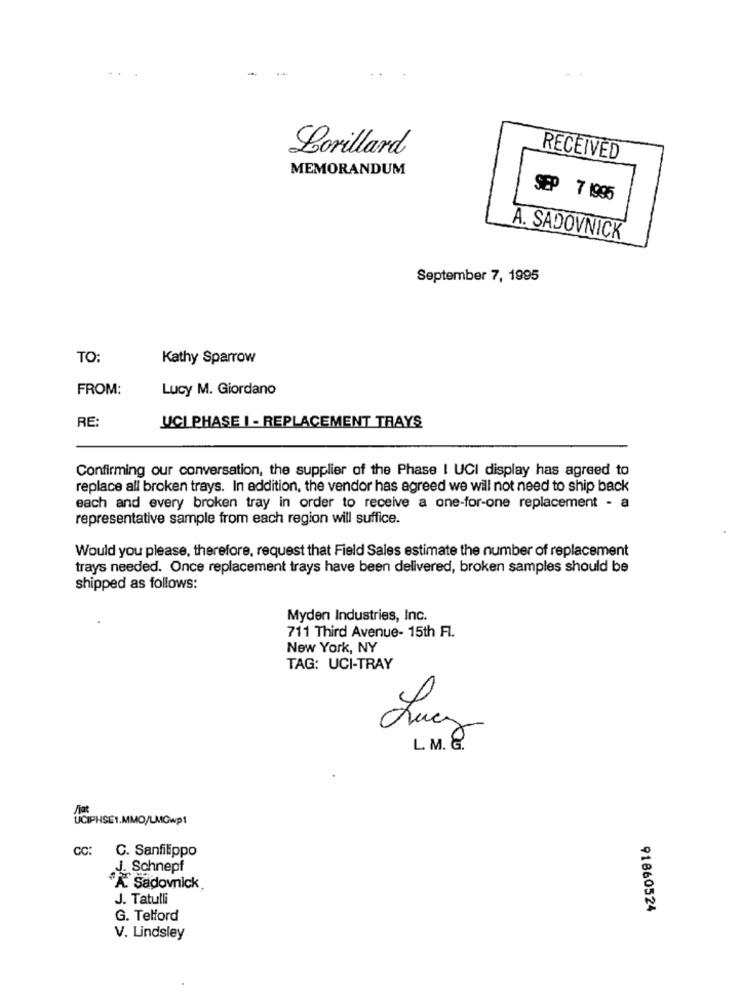
-
Lorillard
RECEIVED
MEMORANDUM
SEP 7 1995
A. SADOVNICK
September 7, 1995
TO:
Kathy Sparrow
FROM:
Lucy M. Giordano
RE:
UCI PHASE I - REPLACEMENT TRAYS
Confirming our conversation, the supplier of the Phase I UCI display has agreed to
replace all broken trays. In addition, the vendor has agreed we will not need to ship back
each and every broken tray in order to receive a one-for-one replacement - a
representative sample from each region will suffice.
Would you please, therefore, request that Field Sales estimate the number of replacement
trays needed. Once replacement trays have been delivered, broken samples should be
shipped as follows:
Myden Industries, Inc.
711 Third Avenue- 15th Fl.
New York, NY
TAG: UCI-TRAY
Lucy
L.M. 8
UCIPHSE1.MMO/LMGwp1
CC: C. Sanfilippo
J. Schnepf
"A Sadovnick
J. Tatulli
91860524
G. Telford
V. Lindsley